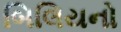
બિલિયનો